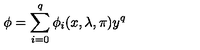
\phi = \sum _ { i = 0 } ^ { q } \phi _ { i } ( x , \lambda , \pi ) y ^ { q }